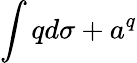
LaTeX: \int qd\sigma+a^{q}